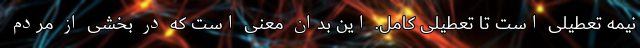
نیمه تعطیلی است تا تعطیلی کامل. این بدان معنی است که در بخشی از مردم